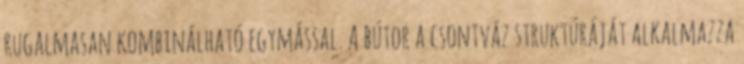
rugalmasan kombinálható egymással. A bútor a csontváz struktúráját alkalmazza